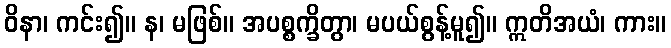
ဝိနာ၊ ကင်း၍။ န၊ မဖြစ်။ အပစ္စက္ခိတွာ၊ မပယ်စွန့်မူ၍။ ဣတိအယံ၊ ကား။